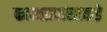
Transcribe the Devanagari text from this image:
काव्यप्रवासाकडे